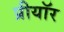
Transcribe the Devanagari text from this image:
प्रीयॉर